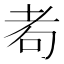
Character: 耇